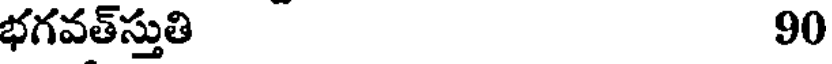
భగవత్స్తుతి 90